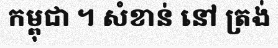
កម្ពុជា ។ សំខាន់ នៅ ត្រង់